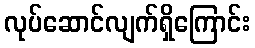
လုပ်ဆောင်လျက်ရှိကြောင်း